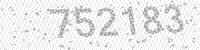
Solution: 752183